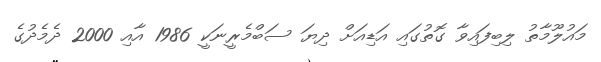
މައުލޫމާތު ލިބިފައިވާ ގޮތުގައި އަޑިއަށް ދިޔަ ސަބްމެރީނަކީ 1986 އާއި 2000 ދެމެދުގެ